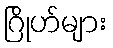
ဂြိုဟ်များ